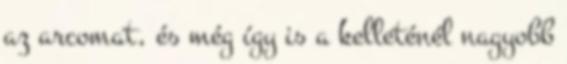
az arcomat, és még így is a kelleténél nagyobb